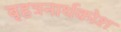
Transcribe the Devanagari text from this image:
बृहत्रनार्थकोश